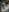
بن